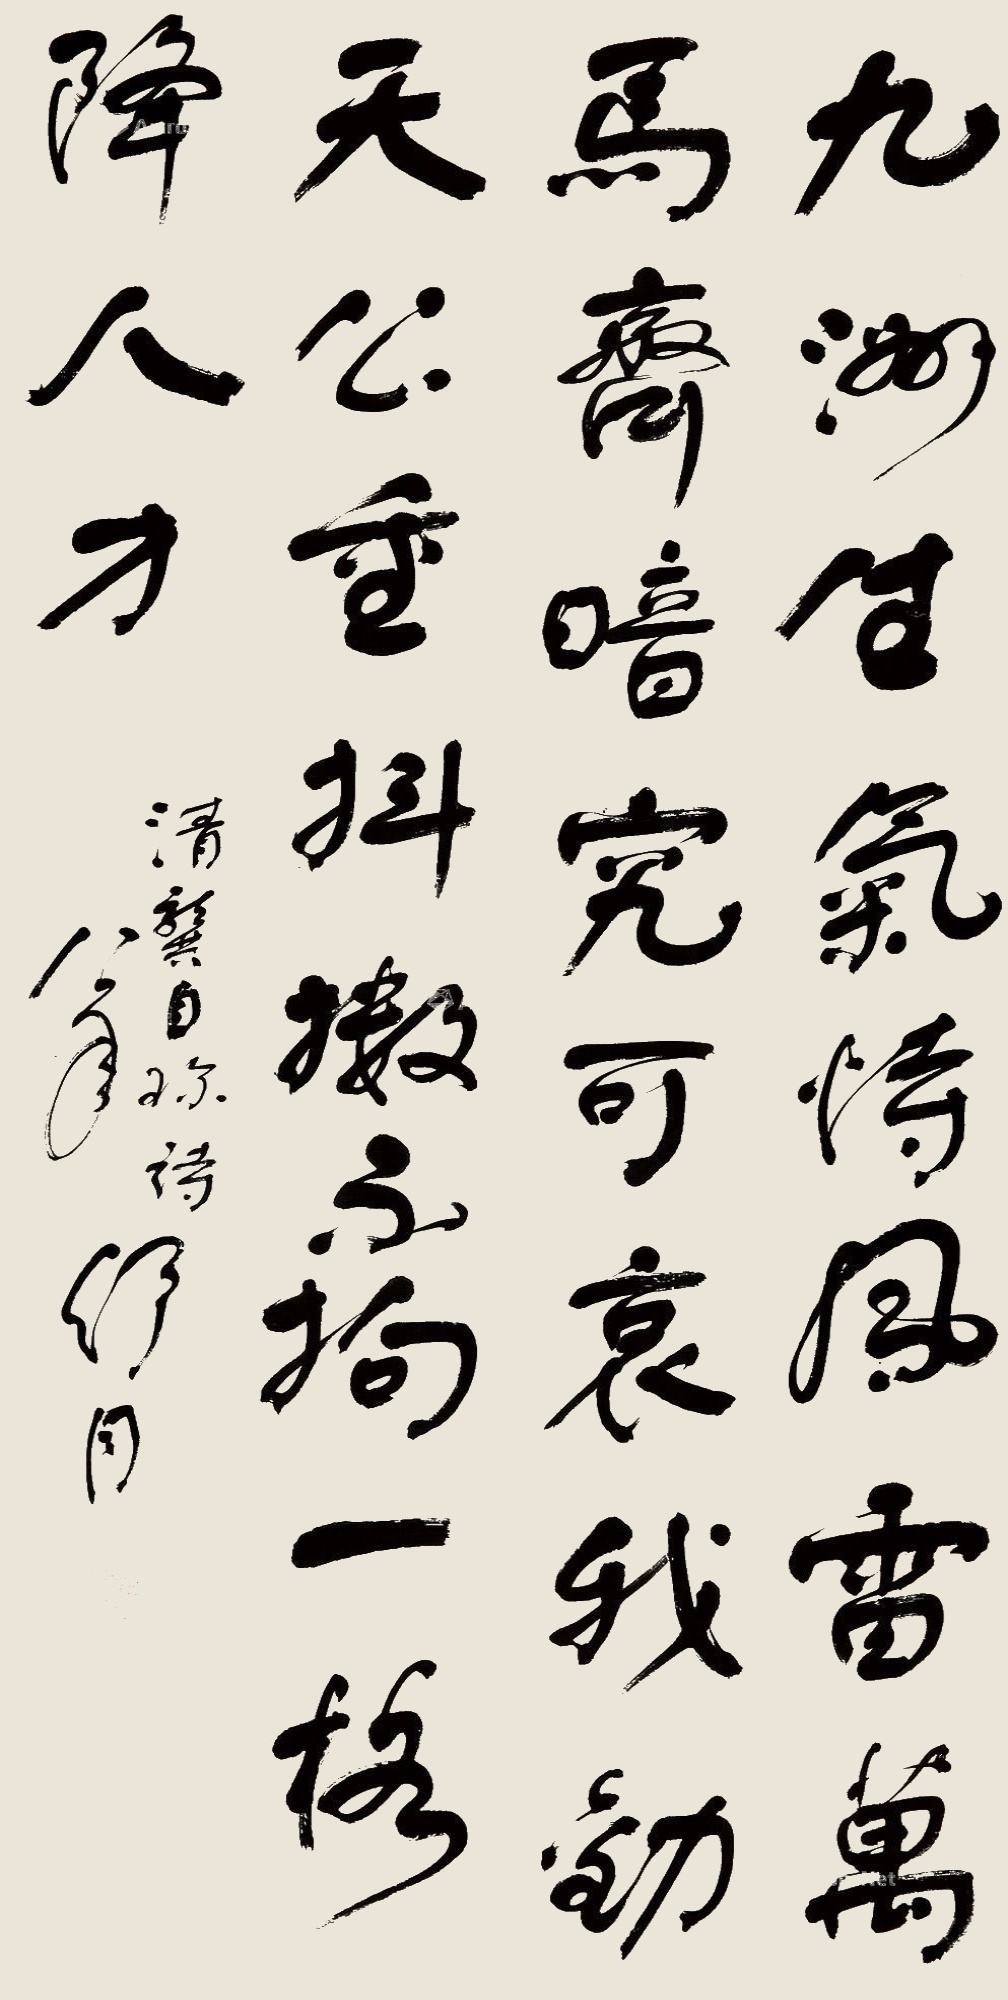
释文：九洲生气恃风雷，万马齐喑究可哀。我劝天公重抖擞，不拘一格降人才。清龚自珍诗，八一年，舒同。